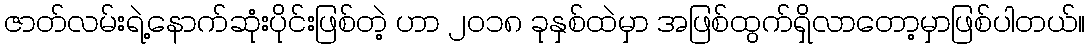
ဇာတ်လမ်းရဲ့နောက်ဆုံးပိုင်းဖြစ်တဲ့ ဟာ ၂၀၁၈ ခုနှစ်ထဲမှာ အဖြစ်ထွက်ရှိလာတော့မှာဖြစ်ပါတယ်။